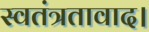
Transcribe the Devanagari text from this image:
स्वतंत्रतावाद।